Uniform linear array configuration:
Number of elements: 12
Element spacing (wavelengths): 0.5
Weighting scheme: hamming
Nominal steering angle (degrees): -15
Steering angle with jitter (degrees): -13.443
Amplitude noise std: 0.05
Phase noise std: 0.05

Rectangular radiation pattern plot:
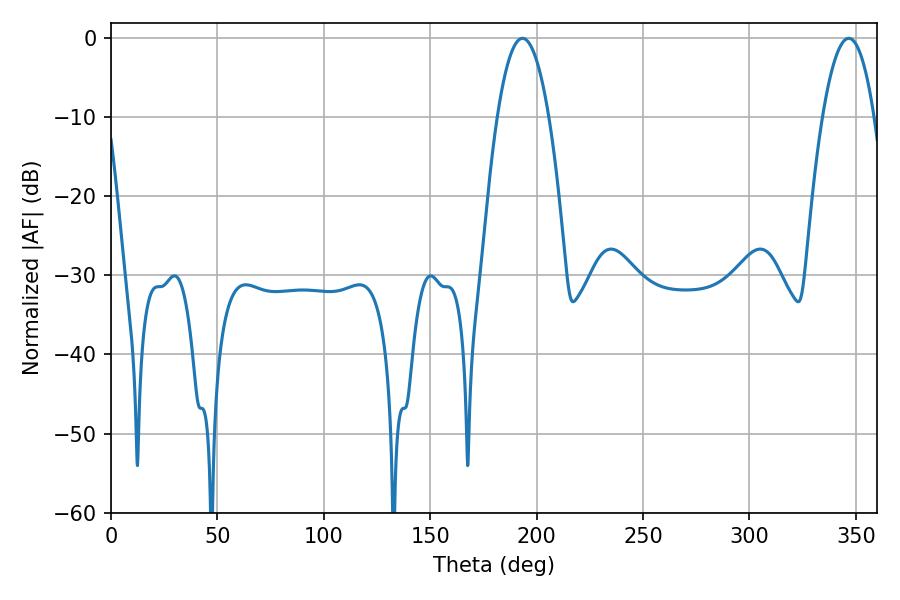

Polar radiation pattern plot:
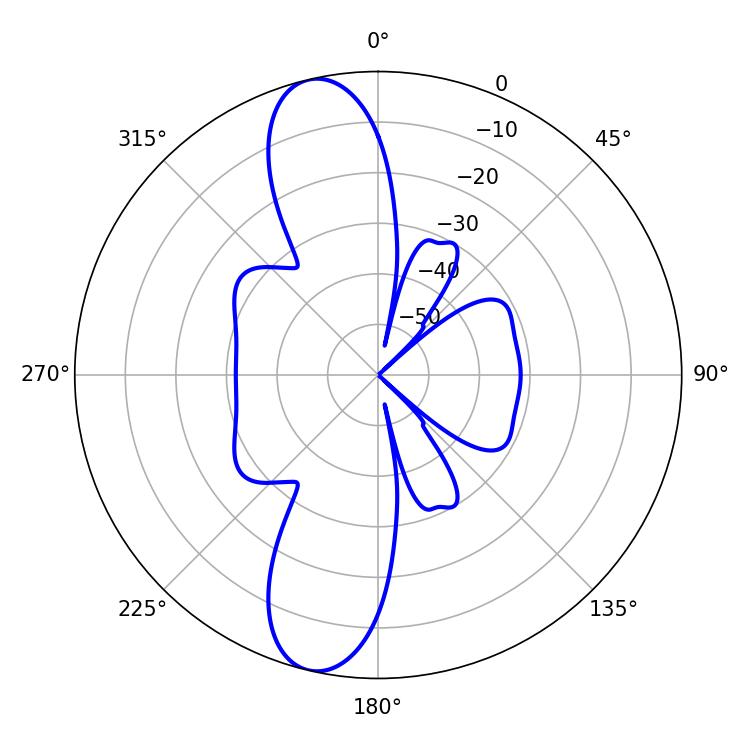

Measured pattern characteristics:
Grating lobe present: FALSE
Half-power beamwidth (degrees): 13.5
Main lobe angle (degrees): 193.32